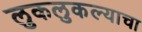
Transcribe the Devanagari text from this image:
लुकलुकल्याचा